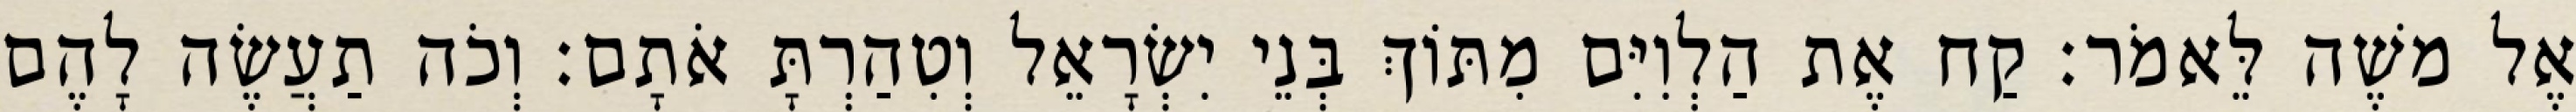
אֶל משֶׁה לֵּאמֹר׃ קַח אֶת הַלְוִיִּם מִתּוֹךְ בְּנֵי יִשְׂרָאֵל וְטִהַרְתָּ אֹתָם׃ וְכֹה תַעֲשֶׂה לָהֶם